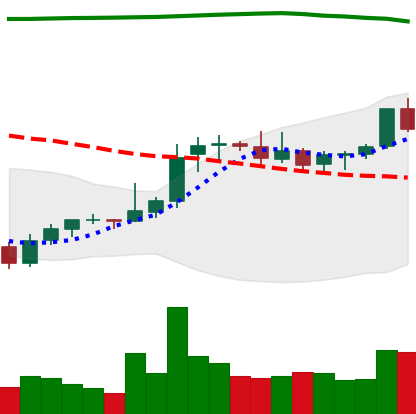
Ticker: XRP-USD
Chart end date: 2021-08-08
Forward return: 39.965%
Label: up_7plus